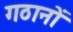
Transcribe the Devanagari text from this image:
गठानों